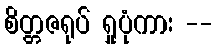
စိတ္တဇရုပ် ရှုပုံကား --